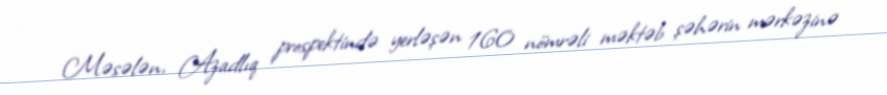
Məsələn, Azadlıq prospektində yerləşən 160 nömrəli məktəb şəhərin mərkəzinə